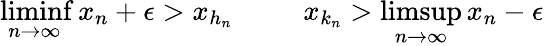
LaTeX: \operatorname*{liminf}_{n\to\infty}x_{n}+\epsilon>x_{h_{n}}\; \; \; \; \; \; \; \; \; x_{k_{n}}>\operatorname*{limsup}_{n\to\infty}x_{n}-\epsilon